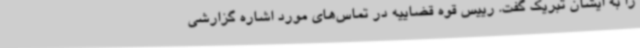
را به ایشان تبریک گفت. رییس قوه قضاییه در تماس‌های مورد اشاره گزارشی